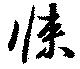
悚